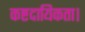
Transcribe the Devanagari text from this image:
कष्टदायिकता।